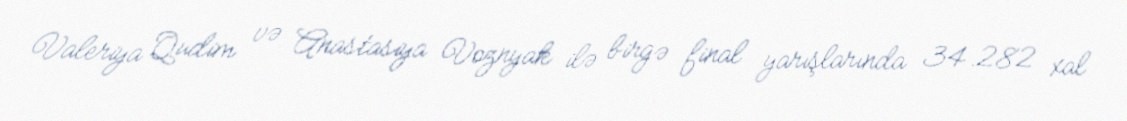
Valeriya Qudim və Anastasiya Voznyak ilə birgə final yarışlarında 34.282 xal